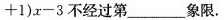
+ 1 ) x - 3$$不经过第_____象限.